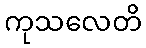
ကုသလေတိ